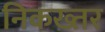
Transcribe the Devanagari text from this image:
निकख्तर